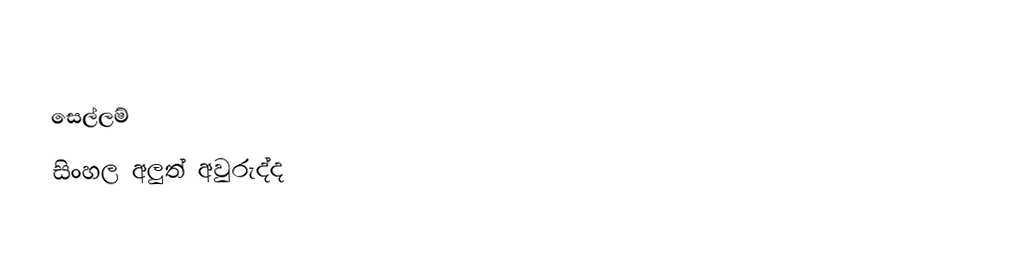
සෙල්ලම්
සිංහල අලුත් අවුරුද්ද